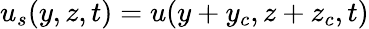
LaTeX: u_{s}(y,z,t)=u(y+y_{c},z+z_{c},t)